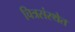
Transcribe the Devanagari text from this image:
चित्रसंस्थेत